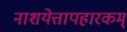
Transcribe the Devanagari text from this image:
नाशयेत्तापहारकम्